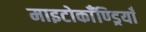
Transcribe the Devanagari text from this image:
माइटोकाँण्ड्रियाँ